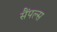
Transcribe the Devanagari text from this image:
सैंपल्स